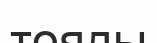
тояды